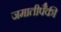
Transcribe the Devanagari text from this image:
जमातीपैकी